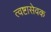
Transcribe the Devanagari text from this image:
त्वष्टासेवक